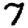
Digit: 7